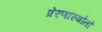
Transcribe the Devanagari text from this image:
प्रेरणास्त्रोतों